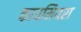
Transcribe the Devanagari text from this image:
कायमियरा